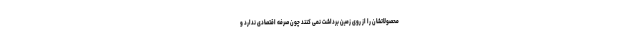
محصولاتشان را از روی زمین برداشت نمی کنند چون صرفه اقتصادی ندارد و